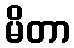
မိတာ